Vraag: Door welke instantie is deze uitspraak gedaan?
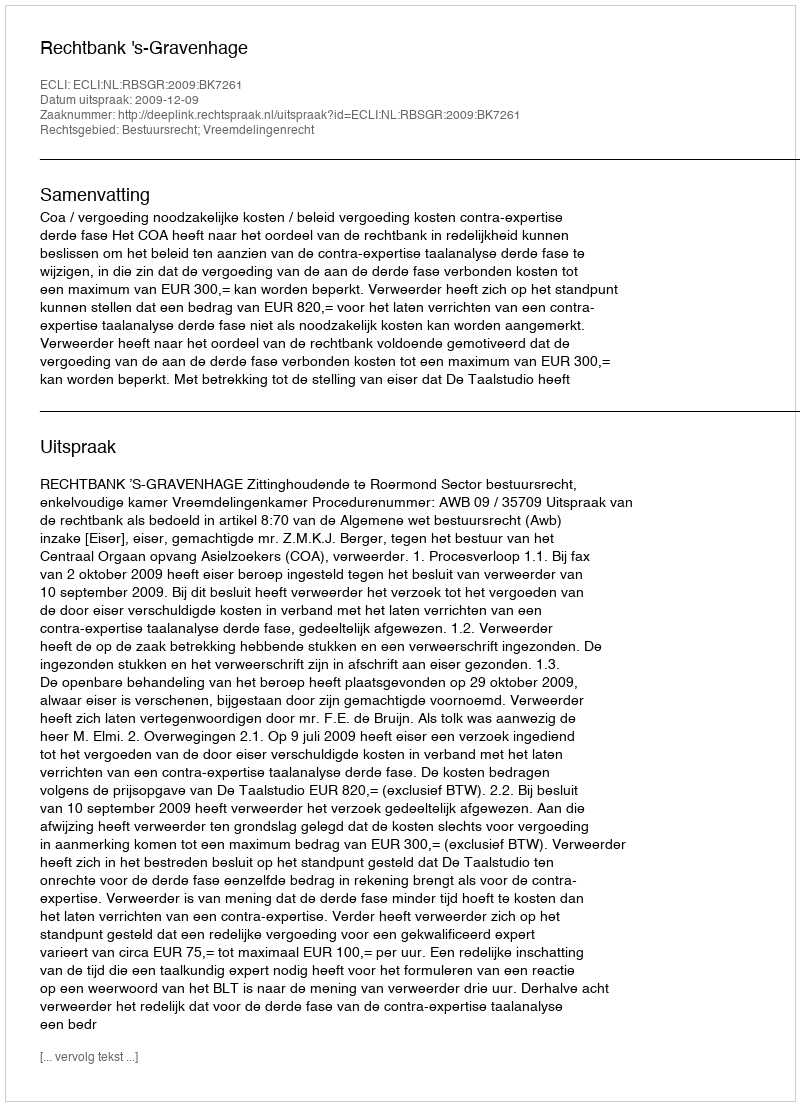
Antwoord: Rechtbank 's-Gravenhage